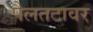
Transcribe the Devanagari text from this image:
पैलतटावर